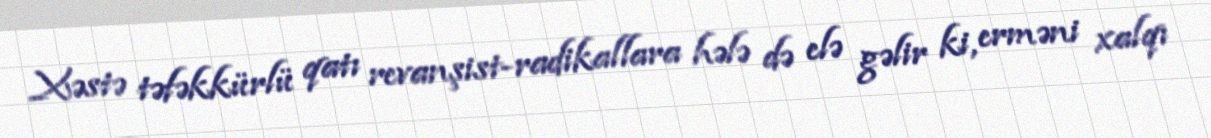
Xəstə təfəkkürlü qatı revanşist-radikallara hələ də elə gəlir ki, erməni xalqı